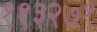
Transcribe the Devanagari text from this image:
११३२७१